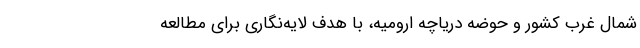
شمال غرب کشور و حوضه دریاچه ارومیه، با هدف لایه‌نگاری برای مطالعه